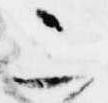
二